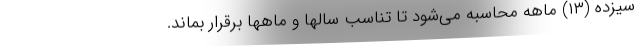
سیزده (۱۳) ماهه محاسبه می‌شود تا تناسب سالها و ماهها برقرار بماند.